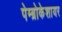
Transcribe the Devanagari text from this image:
पेम्ब्रोकेशायर